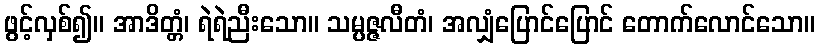
ဖွင့်လှစ်၍။ အာဒိတ္တံ၊ ရဲရဲညီးသော။ သမ္ပဇ္ဇလီတံ၊ အလျှံပြောင်ပြောင် တောက်လောင်သော။